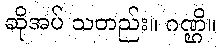
ဆိုအပ် သတည်း။ ဂဏ္ဌိ။